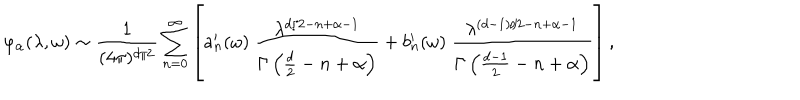
LaTeX: \varphi _ { \alpha } ( \lambda , \omega ) \sim { \frac { 1 } { ( 4 \pi ) ^ { d / 2 } } } \sum _ { n = 0 } ^ { \infty } \left[ a _ { n } ^ { \prime } ( \omega ) ~ { \frac { \lambda ^ { d / 2 - n + \alpha - 1 } } { \Gamma \left( \frac d 2 - n + \alpha \right) } } + b _ { n } ^ { \prime } ( \omega ) ~ { \frac { \lambda ^ { ( d - 1 ) / 2 - n + \alpha - 1 } } { \Gamma \left( { \frac { d - 1 } { 2 } } - n + \alpha \right) } } \right] ,